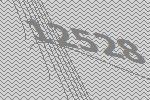
12528